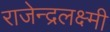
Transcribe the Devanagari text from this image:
राजेन्द्रलक्ष्मी